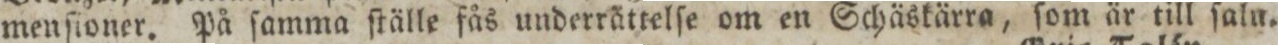
menſioner. På ſamma ſtälle fås underrättelſe om en Schäskärra, ſom är till ſalu.